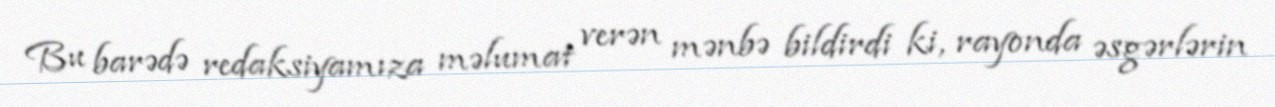
Bu barədə redaksiyamıza məlumat verən mənbə bildirdi ki, rayonda əsgərlərin